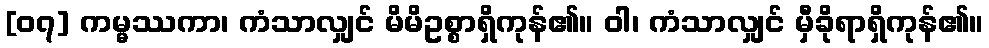
[၀၇] ကမ္မဿကာ၊ ကံသာလျှင် မိမိဥစ္စာရှိကုန်၏။ ဝါ၊ ကံသာလျှင် မှီခိုရာရှိကုန်၏။